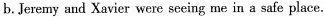
b.Jeremy and Xavier were seeing me in a safe place.